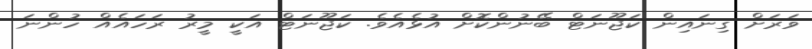
ވަރަށް ގިނައިން ކަޖޫނަޓް ބޭނުންކޮށް އުޅެއެވެ. ކަޖޫނަޓް އަކީ މީރު ރަހައެއް ހުންނަ